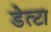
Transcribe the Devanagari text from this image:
डेत्टा